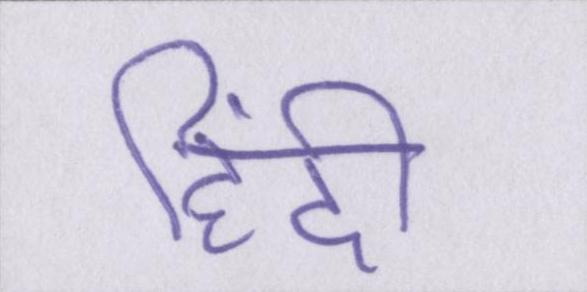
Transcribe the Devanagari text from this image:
हिंदी